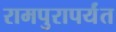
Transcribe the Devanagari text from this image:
रामपुरापर्यंत